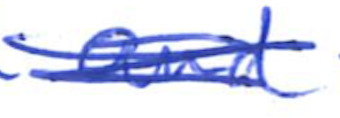
Text: and
Cross-out: mix
Writing tool: ballpoint